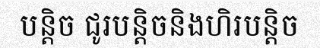
បន្តិច ជូរបន្តិចនិងហិរបន្តិច